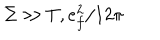
LaTeX: \Sigma \gg T , e _ { f } ^ { 2 } / 1 2 \pi